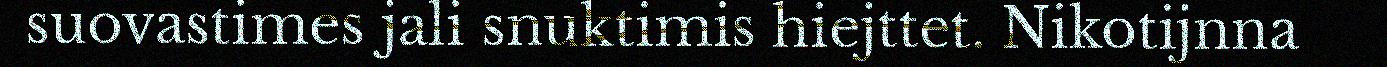
suovastimes jali snuktimis hiejttet. Nikotijnna